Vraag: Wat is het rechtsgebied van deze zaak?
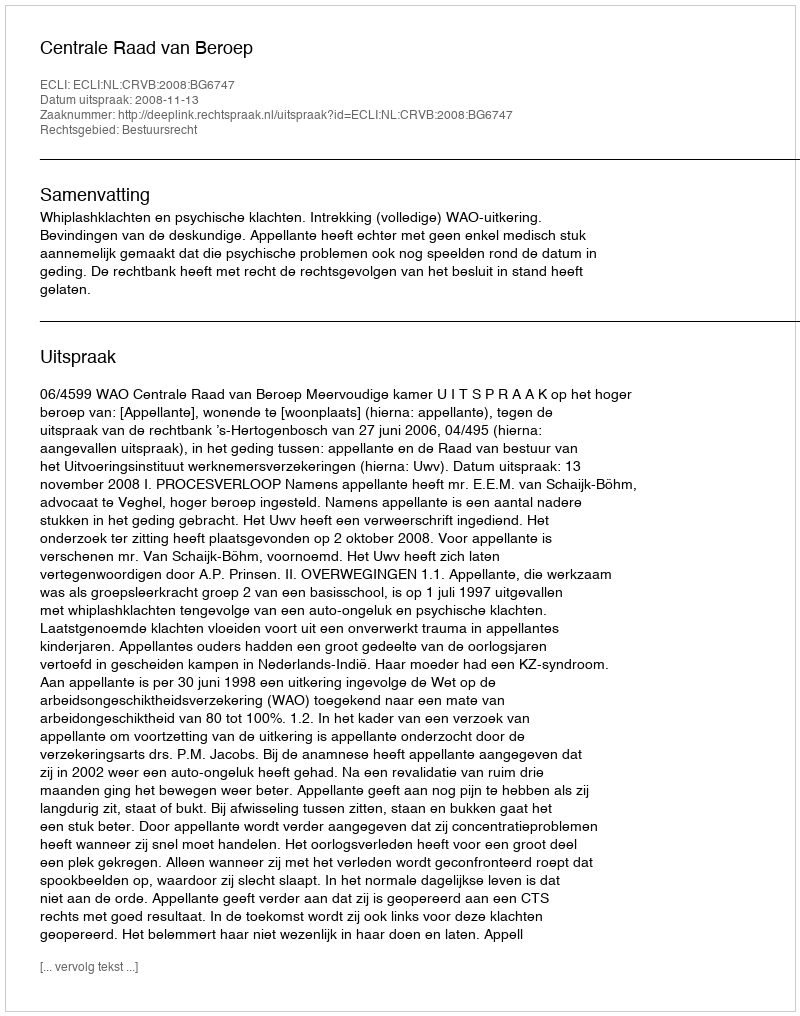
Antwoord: Bestuursrecht